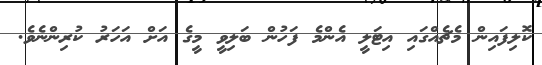
ކޮލިފައިން މެޗެއްގައި އިޓަލީ އެންމެ ފަހުން ބަލިވީ މީގެ އަށް އަހަރު ކުރިންނެވެ.